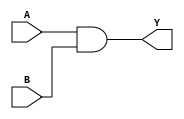
// https://coredocs.s3.amazonaws.com/Libero/12_0_0/Tool/sf2_mlg.pdf

module ADD2 (
	input A, B,
	output Y
);
	assign Y = A & B;
endmodule

module ADD3 (
	input A, B, C,
	output Y
);
	assign Y = A & B & C;
endmodule

module ADD4 (
	input A, B, C, D,
	output Y
);
	assign Y = A & B & C & D;
endmodule

module CFG1 (
	output Y,
	input A
);
	parameter [1:0] INIT = 2'h0;
	assign Y = INIT >> A;
endmodule

module CFG2 (
	output Y,
	input A,
	input B
);
	parameter [3:0] INIT = 4'h0;
	assign Y = INIT >> {B, A};
endmodule

module CFG3 (
	output Y,
	input A,
	input B,
	input C
);
	parameter [7:0] INIT = 8'h0;
	assign Y = INIT >> {C, B, A};
endmodule

module CFG4 (
	output Y,
	input A,
	input B,
	input C,
	input D
);
	parameter [15:0] INIT = 16'h0;
	assign Y = INIT >> {D, C, B, A};
endmodule

module BUFF (
	input A,
	output Y
);
	assign Y = A;
endmodule

module BUFD (
	input A,
	output Y
);
	assign Y = A;
endmodule

module CLKINT (
	input A,
	(* clkbuf_driver *)
	output Y
);
	assign Y = A;
endmodule

module CLKINT_PRESERVE (
	input A,
	(* clkbuf_driver *)
	output Y
);
	assign Y = A;
endmodule

module GCLKINT (
	input A, EN,
	(* clkbuf_driver *)
	output Y
);
	assign Y = A & EN;
endmodule

module RCLKINT (
	input A,
	(* clkbuf_driver *)
	output Y
);
	assign Y = A;
endmodule

module RGCLKINT (
	input A, EN,
	(* clkbuf_driver *)
	output Y
);
	assign Y = A & EN;
endmodule

module SLE (
	output Q,
	input ADn,
	input ALn,
	(* clkbuf_sink *)
	input CLK,
	input D,
	input LAT,
	input SD,
	input EN,
	input SLn
);
	reg q_latch, q_ff;

	always @(posedge CLK, negedge ALn) begin
		if (!ALn) begin
			q_ff <= !ADn;
		end else if (EN) begin
			if (!SLn)
				q_ff <= SD;
			else
				q_ff <= D;
		end
	end

	always @* begin
		if (!ALn) begin
			q_latch <= !ADn;
		end else if (CLK && EN) begin
			if (!SLn)
				q_ff <= SD;
			else
				q_ff <= D;
		end
	end

	assign Q = LAT ? q_latch : q_ff;
endmodule

// module AR1
// module FCEND_BUFF
// module FCINIT_BUFF
// module FLASH_FREEZE
// module OSCILLATOR
// module SYSRESET
// module SYSCTRL_RESET_STATUS
// module LIVE_PROBE_FB

(* blackbox *)
module GCLKBUF (
	(* iopad_external_pin *)
	input PAD,
	input EN,
	(* clkbuf_driver *)
	output Y
);
endmodule

(* blackbox *)
module GCLKBUF_DIFF (
	(* iopad_external_pin *)
	input PADP,
	(* iopad_external_pin *)
	input PADN,
	input EN,
	(* clkbuf_driver *)
	output Y
);
endmodule

(* blackbox *)
module GCLKBIBUF (
	input D,
	input E,
	input EN,
	(* iopad_external_pin *)
	inout PAD,
	(* clkbuf_driver *)
	output Y
);
endmodule

// module DFN1
// module DFN1C0
// module DFN1E1
// module DFN1E1C0
// module DFN1E1P0
// module DFN1P0
// module DLN1
// module DLN1C0
// module DLN1P0

module INV (
	input A,
	output Y
);
	assign Y = !A;
endmodule

module INVD (
	input A,
	output Y
);
	assign Y = !A;
endmodule

module MX2 (
	input A, B, S,
	output Y
);
	assign Y = S ? B : A;
endmodule

module MX4 (
	input D0, D1, D2, D3, S0, S1,
	output Y
);
	assign Y = S1 ? (S0 ? D3 : D2) : (S0 ? D1 : D0);
endmodule

module NAND2 (
	input A, B,
	output Y
);
	assign Y = !(A & B);
endmodule

module NAND3 (
	input A, B, C,
	output Y
);
	assign Y = !(A & B & C);
endmodule

module NAND4 (
	input A, B, C, D,
	output Y
);
	assign Y = !(A & B & C & D);
endmodule

module NOR2 (
	input A, B,
	output Y
);
	assign Y = !(A | B);
endmodule

module NOR3 (
	input A, B, C,
	output Y
);
	assign Y = !(A | B | C);
endmodule

module NOR4 (
	input A, B, C, D,
	output Y
);
	assign Y = !(A | B | C | D);
endmodule

module OR2 (
	input A, B,
	output Y
);
	assign Y = A | B;
endmodule

module OR3 (
	input A, B, C,
	output Y
);
	assign Y = A | B | C;
endmodule

module OR4 (
	input A, B, C, D,
	output Y
);
	assign Y = A | B | C | D;
endmodule

module XOR2 (
	input A, B,
	output Y
);
	assign Y = A ^ B;
endmodule

module XOR3 (
	input A, B, C,
	output Y
);
	assign Y = A ^ B ^ C;
endmodule

module XOR4 (
	input A, B, C, D,
	output Y
);
	assign Y = A ^ B ^ C ^ D;
endmodule

module XOR8 (
	input A, B, C, D, E, F, G, H,
	output Y
);
	assign Y = A ^ B ^ C ^ D ^ E ^ F ^ G ^ H;
endmodule

// module UJTAG

module BIBUF (
	input D,
	input E,
	(* iopad_external_pin *)
	inout PAD,
	output Y
);
	assign PAD = E ? D : 1'bz;
	assign Y = PAD;
endmodule

(* blackbox *)
module BIBUF_DIFF (
	input D,
	input E,
	(* iopad_external_pin *)
	inout PADP,
	(* iopad_external_pin *)
	inout PADN,
	output Y
);
endmodule

module CLKBIBUF (
	input D,
	input E,
	(* iopad_external_pin *)
	inout PAD,
	(* clkbuf_driver *)
	output Y
);
	assign PAD = E ? D : 1'bz;
	assign Y = PAD;
endmodule

module CLKBUF (
	(* iopad_external_pin *)
	input PAD,
	(* clkbuf_driver *)
	output Y
);
	assign Y = PAD;
endmodule

(* blackbox *)
module CLKBUF_DIFF (
	(* iopad_external_pin *)
	input PADP,
	(* iopad_external_pin *)
	input PADN,
	(* clkbuf_driver *)
	output Y
);
endmodule

module INBUF (
	(* iopad_external_pin *)
	input PAD,
	output Y
);
	assign Y = PAD;
endmodule

(* blackbox *)
module INBUF_DIFF (
	(* iopad_external_pin *)
	input PADP,
	(* iopad_external_pin *)
	input PADN,
	output Y
);
endmodule

module OUTBUF (
	input D,
	(* iopad_external_pin *)
	output PAD
);
	assign PAD = D;
endmodule

(* blackbox *)
module OUTBUF_DIFF (
	input D,
	(* iopad_external_pin *)
	output PADP,
	(* iopad_external_pin *)
	output PADN
);
endmodule

module TRIBUFF (
	input D,
	input E,
	(* iopad_external_pin *)
	output PAD
);
	assign PAD = E ? D : 1'bz;
endmodule

(* blackbox *)
module TRIBUFF_DIFF (
	input D,
	input E,
	(* iopad_external_pin *)
	output PADP,
	(* iopad_external_pin *)
	output PADN
);
endmodule

// module DDR_IN
// module DDR_OUT
// module RAM1K18
// module RAM64x18
// module MACC